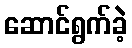
ဆောင်ရွက်ခဲ့